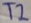
Text: T2